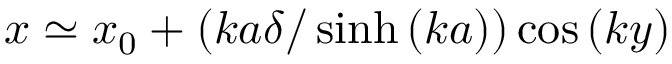
x \simeq x _ { 0 } + \left( k a \delta / \sinh \left( k a \right) \right) \cos \left( k y \right)